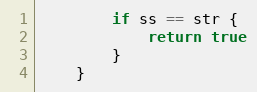
Language: Go
		if ss == str {
			return true
		}
	}